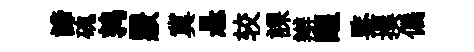
諦磈鹑覈冀悬较課辫醒鍳撰偏